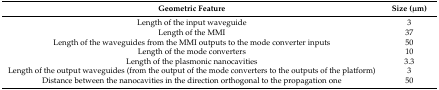
| Geometric Feature | Size (μm) |
 | --- | --- |
 | Length of the input waveguide | 3 |
 | Length of the MMI | 37 |
 | Length of the waveguides from the MMI outputs to the mode converter inputs | 50 |
 | Length of the mode converters | 10 |
 | Length of the plasmonic nanocavities | 3.3 |
 | Length of the output waveguides (from the output of the mode converters to the outputs of the platform) | 3 |
 | Distance between the nanocavities in the direction orthogonal to the propagation one | 50 |